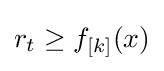
r_{t}\geq f_{[k]}(x)